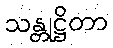
သန္တုဋ္ဌိတာ